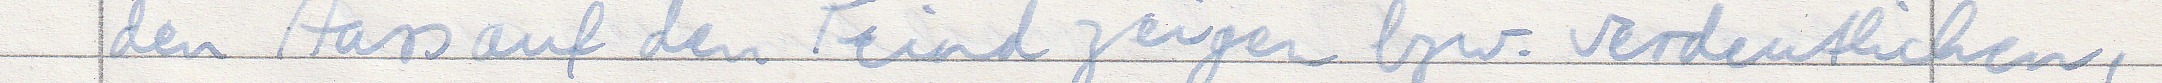
den Hass auf den Feind zeigen bzw. verdeutlichen,